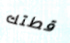
قطتك